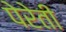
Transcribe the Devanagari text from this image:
पेरेती